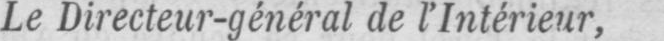
Le Directeur-général de l’Intérieur,